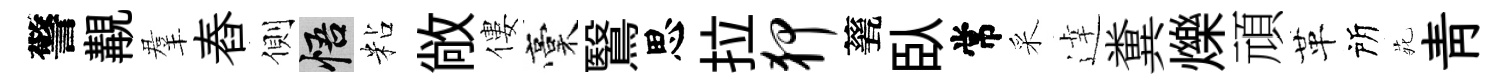
警覯羣舂側悟粘敞僂稾鷖思拉狎甆臥常采逹糞爍頑革所𫟍青